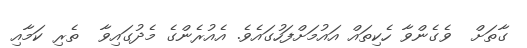
ގާތަށް  ވެގެންވާ ހެކިތައް އައުމަށްފަހުގައެވެ. އެއުރެންގެ މެދުގައިވާ  ތެރި ކަމާއި